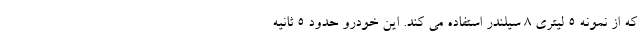
که از نمونه 5 لیتری 8 سیلندر استفاده می کند. این خودرو حدود 5 ثانیه